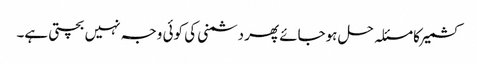
کشمیر کا مسئلہ حل ہوجائے پھر دشمنی کی کوئی وجہ نہیں بچتی ہے۔